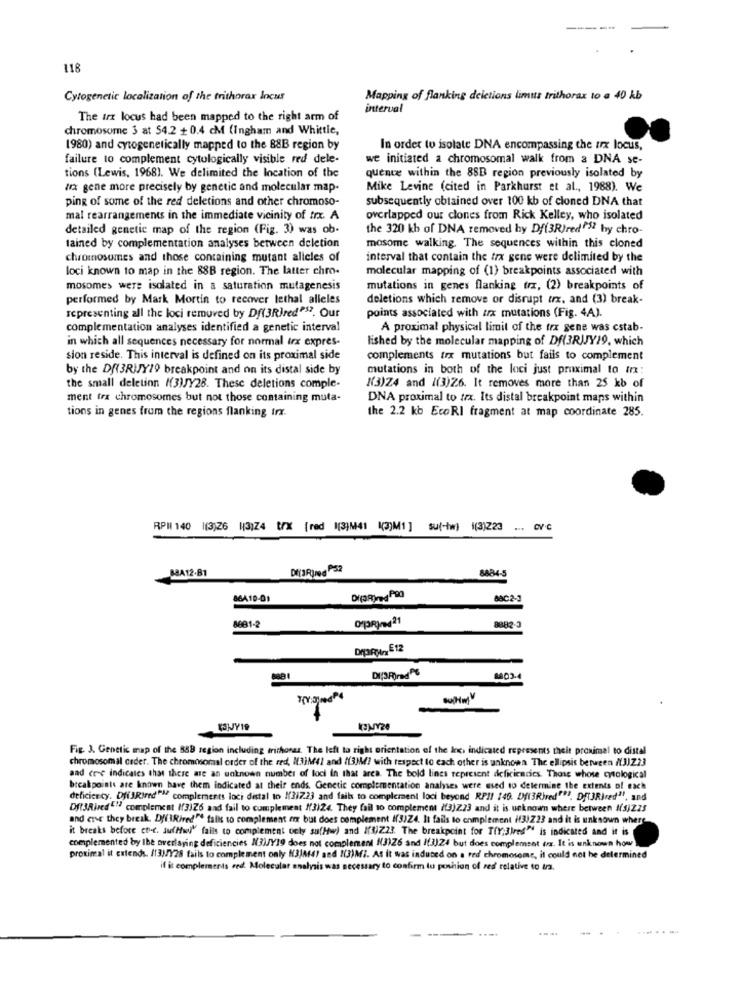
---
118
Cytogenetic localization of the trithorax locus
Mapping of flanking deletions limus trithorax to a 40 kb
interval
The trx locus had been mapped to the right arm of
chromosome 3 at 54.2 + 0.4 cM (Ingham and Whittle,
1980) and cytogenetically mapped to the 88B region by
In order to isolate DNA encompassing the trx locus,
failure to complement cytologically visible red dele-
we initiated a chromosomal walk from a DNA se-
tions (Lewis, 1968). We delimited the Incation of the
quence within the 88B region previously isolated by
Ma gene more precisely by genetic and molecular map-
Mike Levine (cited in Parkhurst et al ., 1988). We
ping of some of the red deletions and other chromoso-
subsequently obtained over 100 kb of cloned DNA that
mal rearrangements in the immediate vicinity of trx. A
overlapped our clones from Rick Kelley, who isolated
detailed genetic map of the region (Fig. 3) was ob-
the 320 kh of DNA removed by Df(3R)red?"5? hy chro-
tained by complementation analyses between deletion
mosome walking. The sequences within this cloned
chromosomes and those containing mutant alleles of
interval that contain the trx gene were delimited by the
loci known to map in the 88B region. The latter chro-
molecular mapping of (1) breakpoints associated with
mosomes were isolated in a saturation mutagenesis
mutations in genes flanking trx, (2) breakpoints of
performed by Mark Mortin to recover lethal alleles
deletions which remove or disrupt ux, and (3) break-
representing all the loci removed by Df(3RIred"$7. Our
points associated with ux mutations (Fig. 4A).
complementation analyses identified a genetic interval
A proximal physical limit of the trx gene was cstab-
in which all sequences necessary for normal irx expres-
lished by the molecular mapping of Df(3RIJY19, which
sion reside. This interval is defined on its proximal side
complements trx mutations but fails to complement
by the Df(3RIJY19 breakpoint and on its distal side by
mutations in both of the loci just proximal to trx:
the small deletinn I(3)/Y28. These deletions comple-
K(3)Z4 and /(3)26. It removes more than 25 kb of
ment tra chromosomes but not those containing muta-
DNA proximal to tex. Its distal breakpoint maps within
tions in genes from the regions flanking Irx.
the 2.2 kb EcoRI fragment at map coordinate 285.
RPM 140 1(3)26 |3)24 trx [red [3][41 (3)M1 ] su(-tw) 1(3)223
.. OV.C
84A12.81
8884-5
86A10-01
Bac2-3
orpRing21
8681-2
DI;3;)rad^℃
Fig. 3. Genetic map of the 888 region including writhoras. The left to right orientation of the Inci indicated represents theit proximal to distal
chromosomal ceder. The chromosomal order of the red, IL3M(! and ((3MM) with respect to each other is unknown The ellipsis between (UJJZ ??
and cr-e indicates that there are an unknown number of loci in that area. The bold lines represent deficiencies. Those whose cytological
breakpoints are known have them indicated at their ends. Genetic complementation analyses were used to determine the extents of each
deficiency. DfiJRired"> complements loci distal to I(3)223 and fails to complement loci beyond RPII 149. Df(3Rired""". Df(3Rbred", and
Dft3Rired"" complement #(3)26 aad fail to complement ((3)24. They fail 10 complement ((3)Z23 and it is unknown where between 1(3)225
and erse they break. Dy(Rired"" talis to complement er but does complement ((3)Z4. It fails to complement ((3)223 and it is unknown where
it breaks before cti-c. sufMel" falis to complement only su(Hw) and If3)223. The breakpoint for T(Y;3)res" is indicated and it is
complemented by Ibe overlaying deficiencies N3M/Y19 does not complement (3)26 and I(3)24 but does complement dx. It is unknown how
proximal it extends. /133/728 fails to complement only K3JA(4) and 1(3)Mi. As it was induced on a red chromosome, it could not be determined
if it complements red. Molecular analysis was necessary to confirm to poshion of res relative to ina.
....
-